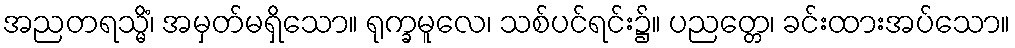
အညတရသ္မိံ၊ အမှတ်မရှိသော။ ရုက္ခမူလေ၊ သစ်ပင်ရင်း၌။ ပညတ္တေ၊ ခင်းထားအပ်သော။